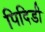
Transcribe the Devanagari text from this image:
पिदिडी